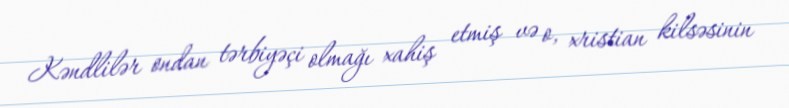
Kəndlilər ondan tərbiyəçi olmağı xahiş etmiş və o, xristian kilsəsinin